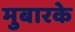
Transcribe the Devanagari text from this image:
मुबारके